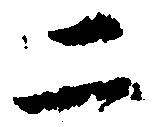
二